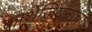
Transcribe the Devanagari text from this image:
कार्थेजियनांचा